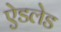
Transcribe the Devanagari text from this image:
ऐडलेड